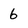
Character: 6